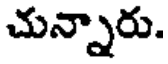
చున్నారు.